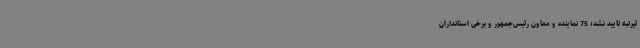
لیرتبه تایید نشد؛ 75 نماینده و معاون رئیس‌جمهور و برخی استانداران